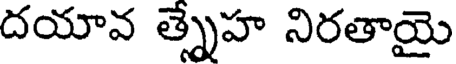
దయావ త్నేహ నిరతాయై